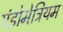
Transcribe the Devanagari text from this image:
एंडोमेट्रियम